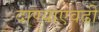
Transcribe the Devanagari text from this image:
दाण्याएवढी